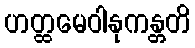
ဟတ္ထမေဝါနုကန္တတိ